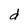
Character: d